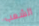
الشعب